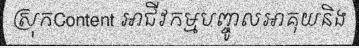
ស្រុកContent អាជីវកម្មបញ្ចូលអាគុយនិង